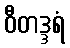
ဝီတဒ္ဒရံ